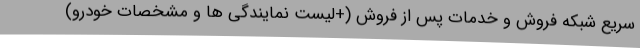
سریع شبکه فروش و خدمات پس از فروش (+لیست نمایندگی ها و مشخصات خودرو)